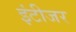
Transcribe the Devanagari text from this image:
इंटीजर